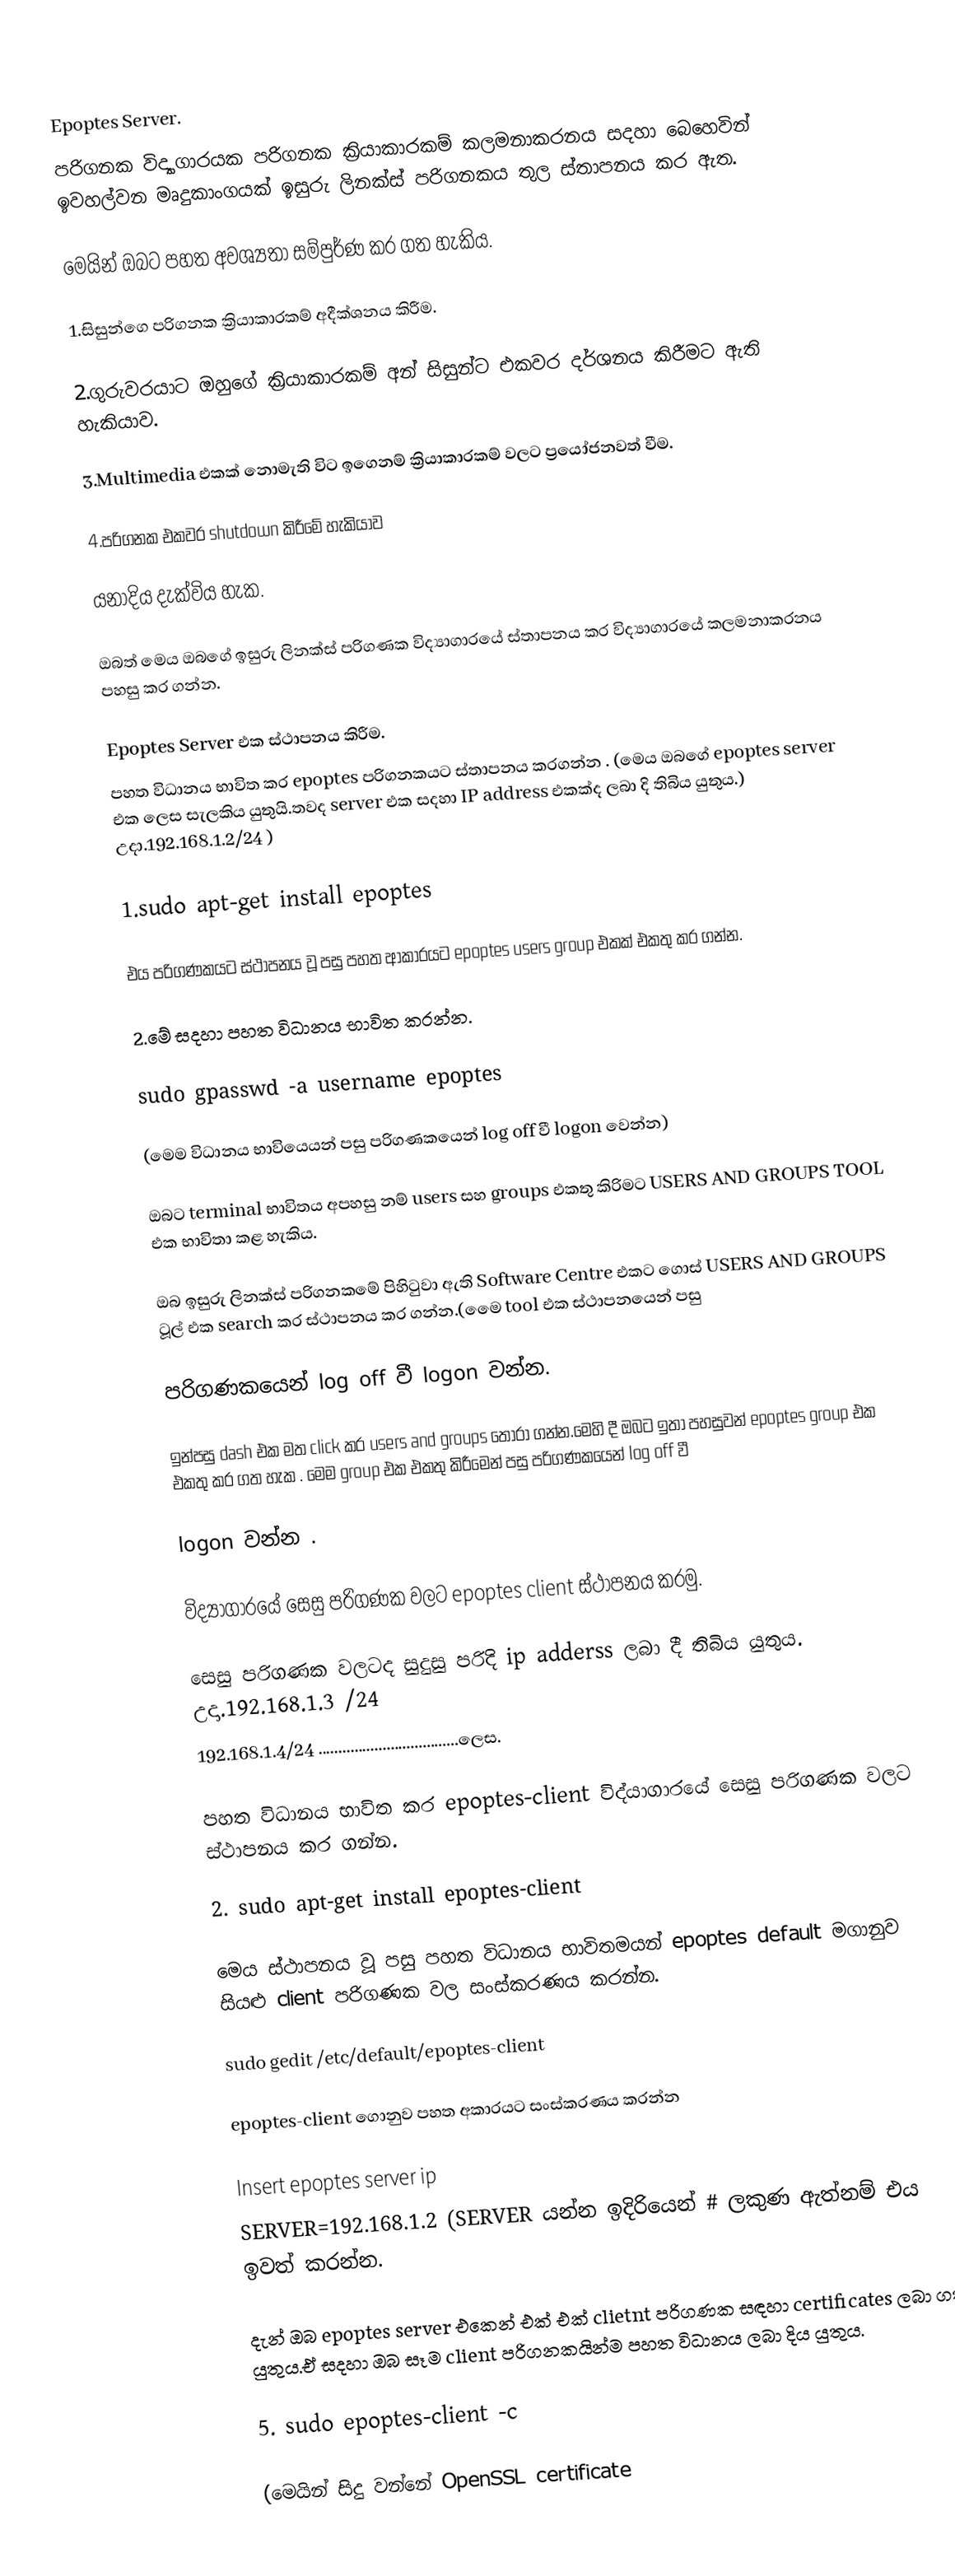

Epoptes Server.
පරිගනක විද්‍යාගාරයක පරිගනක ක්‍රියාකාරකම් කලමනාකරනය සදහා බෙහෙවින් ඉවහල්වන මෘදුකාංගයක් ඉසුරු ලිනක්ස් පරිගනකය තුල ස්තාපනය කර ඇත.

මෙයින් ඔබට පහත අවශ්‍යතා සම්පුර්ණ කර ගත හැකිය.

1.සිසුන්ගෙ පරිගනක ක්‍රියාකාරකම් අදීක්ශනය කිරීම.

2.ගුරුවරයාට ඔහුගේ ක්‍රියාකාරකම් අන් සිසුන්ට එකවර දර්ශනය කිරීමට ඇති හැකියාව.

3.Multimedia එකක් නොමැති විට ඉගෙනම් ක්‍රියාකාරකම් වලට ප්‍රයෝජනවත් වීම.

4.පරිගනක එකවර shutdown කිරීමේ හැකියාව

යනාදිය දැක්විය හැක.

ඔබත් මෙය ඔබගේ ඉසුරු ලිනක්ස් පරිගණක විද්‍යාගාරයේ ස්තාපනය කර විද්‍යාගාරයේ කලමනාකරනය පහසු කර ගන්න.

Epoptes Server එක ස්ථාපනය කිරීම.
පහත විධානය භාවිත කර  epoptes පරිගනකයට ස්තාපනය කරගන්න . (මෙය ඔබගේ epoptes server එක ලෙස සැලකිය  යුතුයි.තවද server එක සදහා IP address එකක්ද ලබා දි තිබිය යුතුය.)  උදා.192.168.1.2/24 )

1.sudo apt-get install epoptes

එය පරිගණකයට ස්ථාපනය වූ පසු පහත ආකාරයට epoptes users group එකක් එකතු කර ගන්න.

2.මේ සදහා පහත විධානය භාවිත කරන්න.

sudo gpasswd -a username epoptes

(මෙම  විධානය භාවියෙයන් පසු පරිගණකයෙන් log off වී logon වෙන්න)

ඔබට terminal භාවිතය අපහසු නම් users සහ groups එකතු කිරිමට USERS AND GROUPS TOOL එක භාවිතා කළ හැකිය.

ඔබ ඉසුරු ලිනක්ස්  පරිගනකමේ පිහිටුවා ඇති Software Centre එකට ගොස් USERS AND GROUPS ටූල් එක search කර ස්ථාපනය කර ගන්න.(මෙෙ tool එක ස්ථාපනයෙන්  පසු

පරිගණකයෙන්  log off වී logon වන්න.

ඉන්පසු dash එක මත  click කර users and groups තෝරා ගන්න.මෙහි දී ඔබට ඉතා පහසුවන් epoptes group එක එකතු කර ගත හැක . මෙම  group එක එකතු කිරීමෙන් පසු  පරිගණකයෙන් log off වී

logon වන්න .

විද්‍යාගාරයේ සෙසු පරිගණක වලට epoptes client ස්ථාපනය කරමු.

සෙසු  පරිගණක වලටද  සුදුසු පරිදි ip adderss ලබා දී තිබිය යුතුය.  උදා.192.168.1.3 /24
        192.168.1.4/24 ...................................ලෙස.

පහත විධානය භාවිත කර epoptes-client  විද්යාගාරයේ  සෙසු පරිගණක වලට ස්ථාපනය කර ගන්න.

2. sudo apt-get install epoptes-client

මෙය ස්ථාපනය වූ පසු පහත විධානය භාවිතමයන් epoptes default මගානුව සියළු client  පරිගණක වල  සංස්කරණය කරන්න.

sudo gedit /etc/default/epoptes-client

epoptes-client ගොනුව පහත අකාරයට සංස්කරණය කරන්න

     Insert epoptes server ip
      SERVER=192.168.1.2 (SERVER යන්න ඉදිරියෙන් # ලකුණ ඇත්නම් එය ඉවත් කරන්න.

දැන් ඔබ epoptes server එකෙන්  එක් එක් clietnt පරිගණක සඳහා certificates ලබා ගත යුතුය.ඒ සදහා ඔබ සෑම  client පරිගනකයින්ම පහත විධානය ලබා දිය යුතුය.

       5. sudo epoptes-client -c

(මෙයින් සිදු වන්නේ   OpenSSL certificate